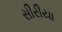
સીરીયા